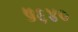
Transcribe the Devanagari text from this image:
५६४०